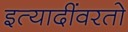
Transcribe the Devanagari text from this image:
इत्यादींवरतो